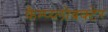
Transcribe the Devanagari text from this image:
कैम्प्य्लोबक्टेर